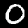
Label: 0